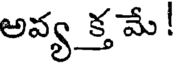
అవ్య క్త మే !